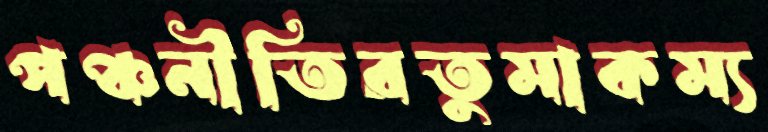
পঞ্চনীতিরতুমাকম্য